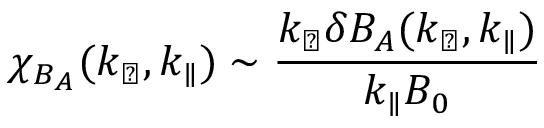
\chi _ { B _ { A } } ( k _ { \perp } , k _ { \parallel } ) \sim \frac { k _ { \perp } \delta B _ { A } ( k _ { \perp } , k _ { \parallel } ) } { k _ { \parallel } B _ { 0 } }